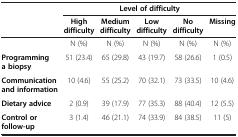
<table><thead><tr><td><b> </b></td><td colspan="5"><b>Level of difficulty</b></td></tr><tr><td><b> </b></td><td><b>High difficulty</b></td><td><b>Medium difficulty</b></td><td><b>Low difficulty</b></td><td><b>No difficulty</b></td><td><b>Missing</b></td></tr></thead><tbody><tr><td> </td><td>N (%)</td><td>N (%)</td><td>N (%)</td><td>N (%)</td><td>N (%)</td></tr><tr><td><b>Programming a biopsy</b></td><td>51 (23.4)</td><td>65 (29.8)</td><td>43 (19.7)</td><td>58 (26.6)</td><td>1 (0.5)</td></tr><tr><td><b>Communication and information</b></td><td>10 (4.6)</td><td>55 (25.2)</td><td>70 (32.1)</td><td>73 (33.5)</td><td>10 (4.6)</td></tr><tr><td><b>Dietary advice</b></td><td>2 (0.9)</td><td>39 (17.9)</td><td>77 (35.3)</td><td>88 (40.4)</td><td>12 (5.5)</td></tr><tr><td><b>Control or follow-up</b></td><td>3 (1.4)</td><td>46 (21.1)</td><td>74 (33.9)</td><td>84 (38.5)</td><td>11 (5)</td></tr></tbody></table>